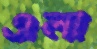
এলা